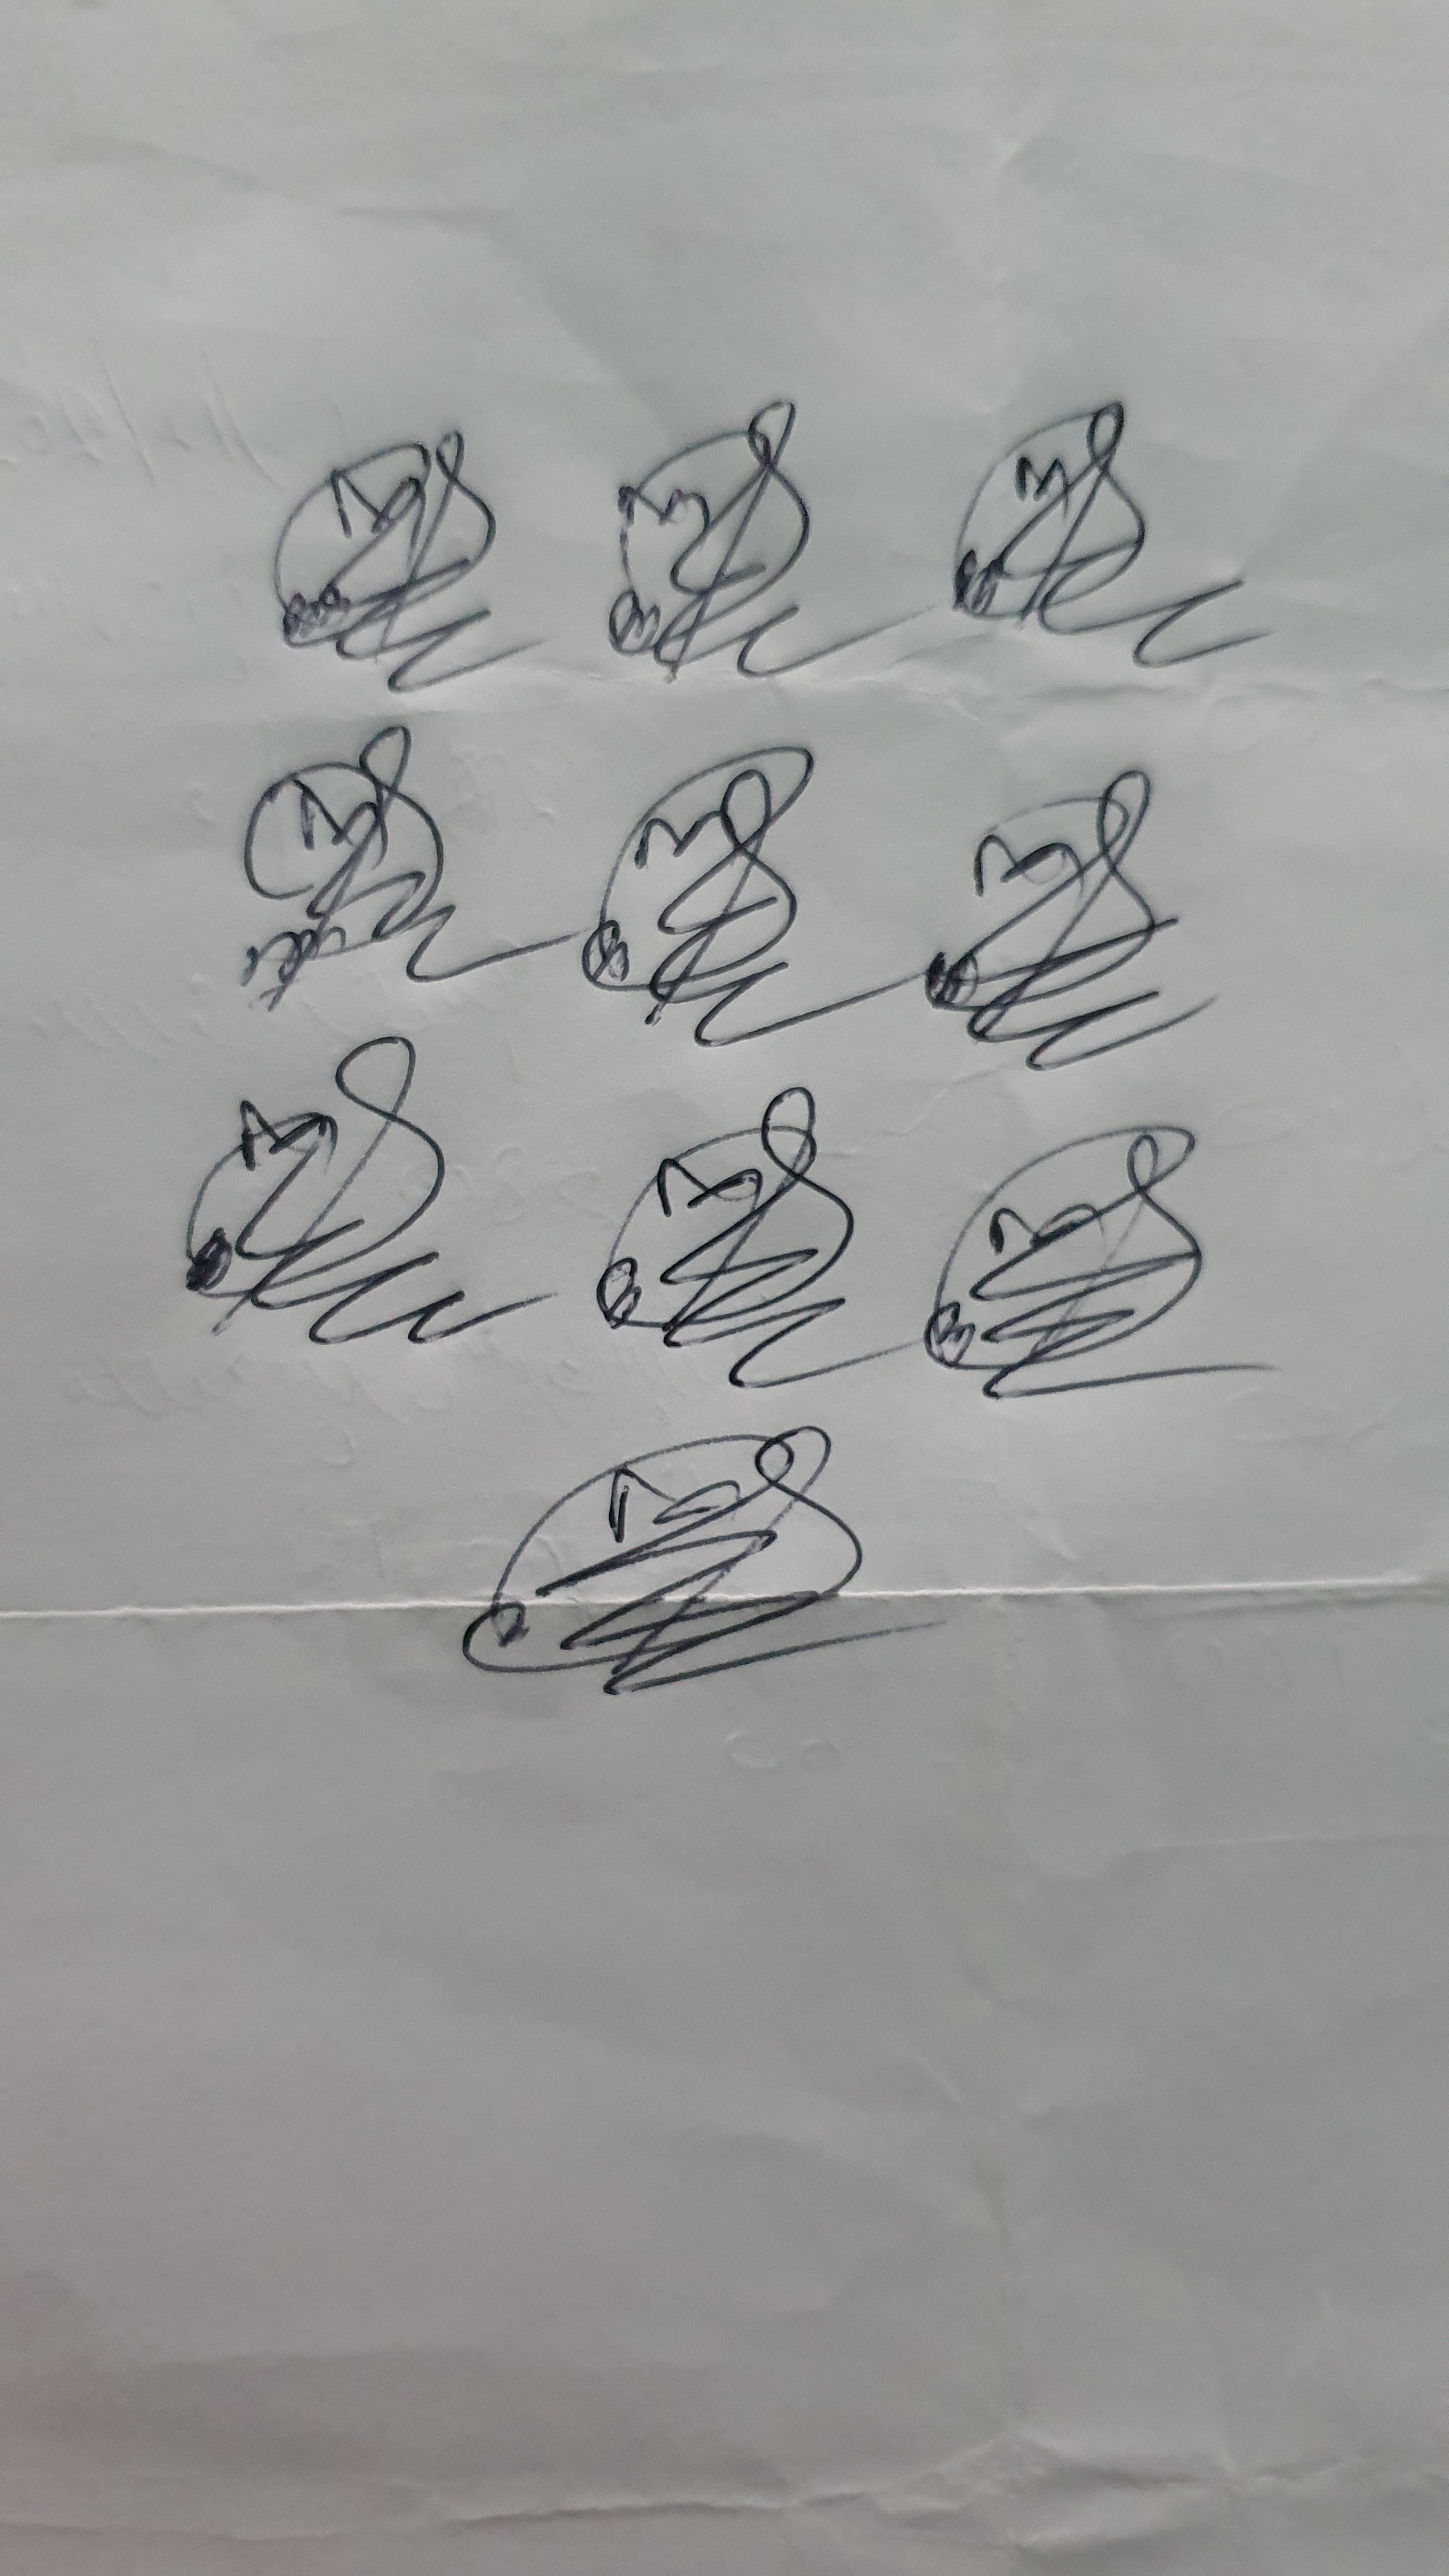
Signature authenticity: genuine